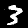
Digit: 3